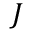
{ \boldsymbol { J } }